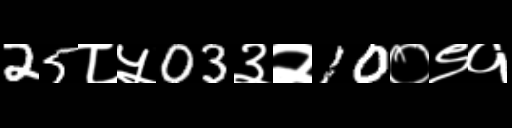
Text: 25८५03३२10०९१